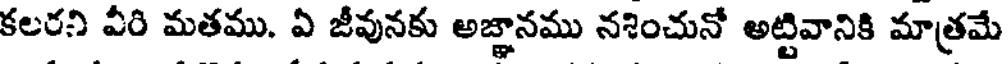
కలరని వీరి మతము. ఏ జీవునకు అజ్ఞానము నశించునో అట్టివానికి మాత్రమే